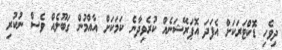
ދިވެހި ޑޮކްޓަރަކަށް އެފަދަ އޮޕަރޭޝަނެއް ކުރެވިދާނެ ކަމަކަށް އާއްމުން ގަބޫލެއް ވެސް ނުކުރި